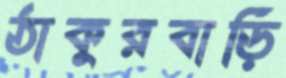
ঠাকুরবাড়ি